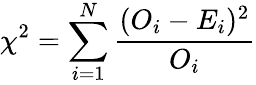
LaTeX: \chi^{2}=\sum_{i=1}^{N}\frac{(O_{i}-E_{i})^{2}}{O_{i}}